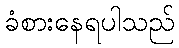
ခံစားနေရပါသည်